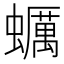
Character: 蠣